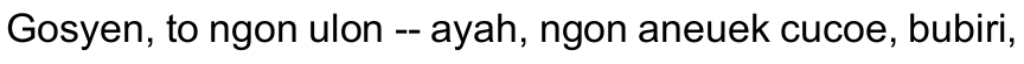
Gosyen, to ngon ulon -- ayah, ngon aneuek cucoe, bubiri,